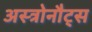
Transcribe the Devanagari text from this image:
अस्त्रोनौट्स